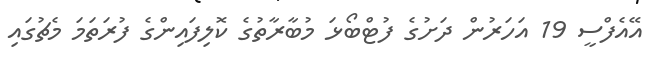
އޭއެފްސީ 19 އަހަރުން ދަށުގެ ފުޓްބޯޅަ މުބާރާތުގެ ކޮލިފައިންގެ ފުރަތަމަ މެޗުގައި